65_HS1-834228961_62-HQ-83894_Section_6
Agency: FBI
Page 146
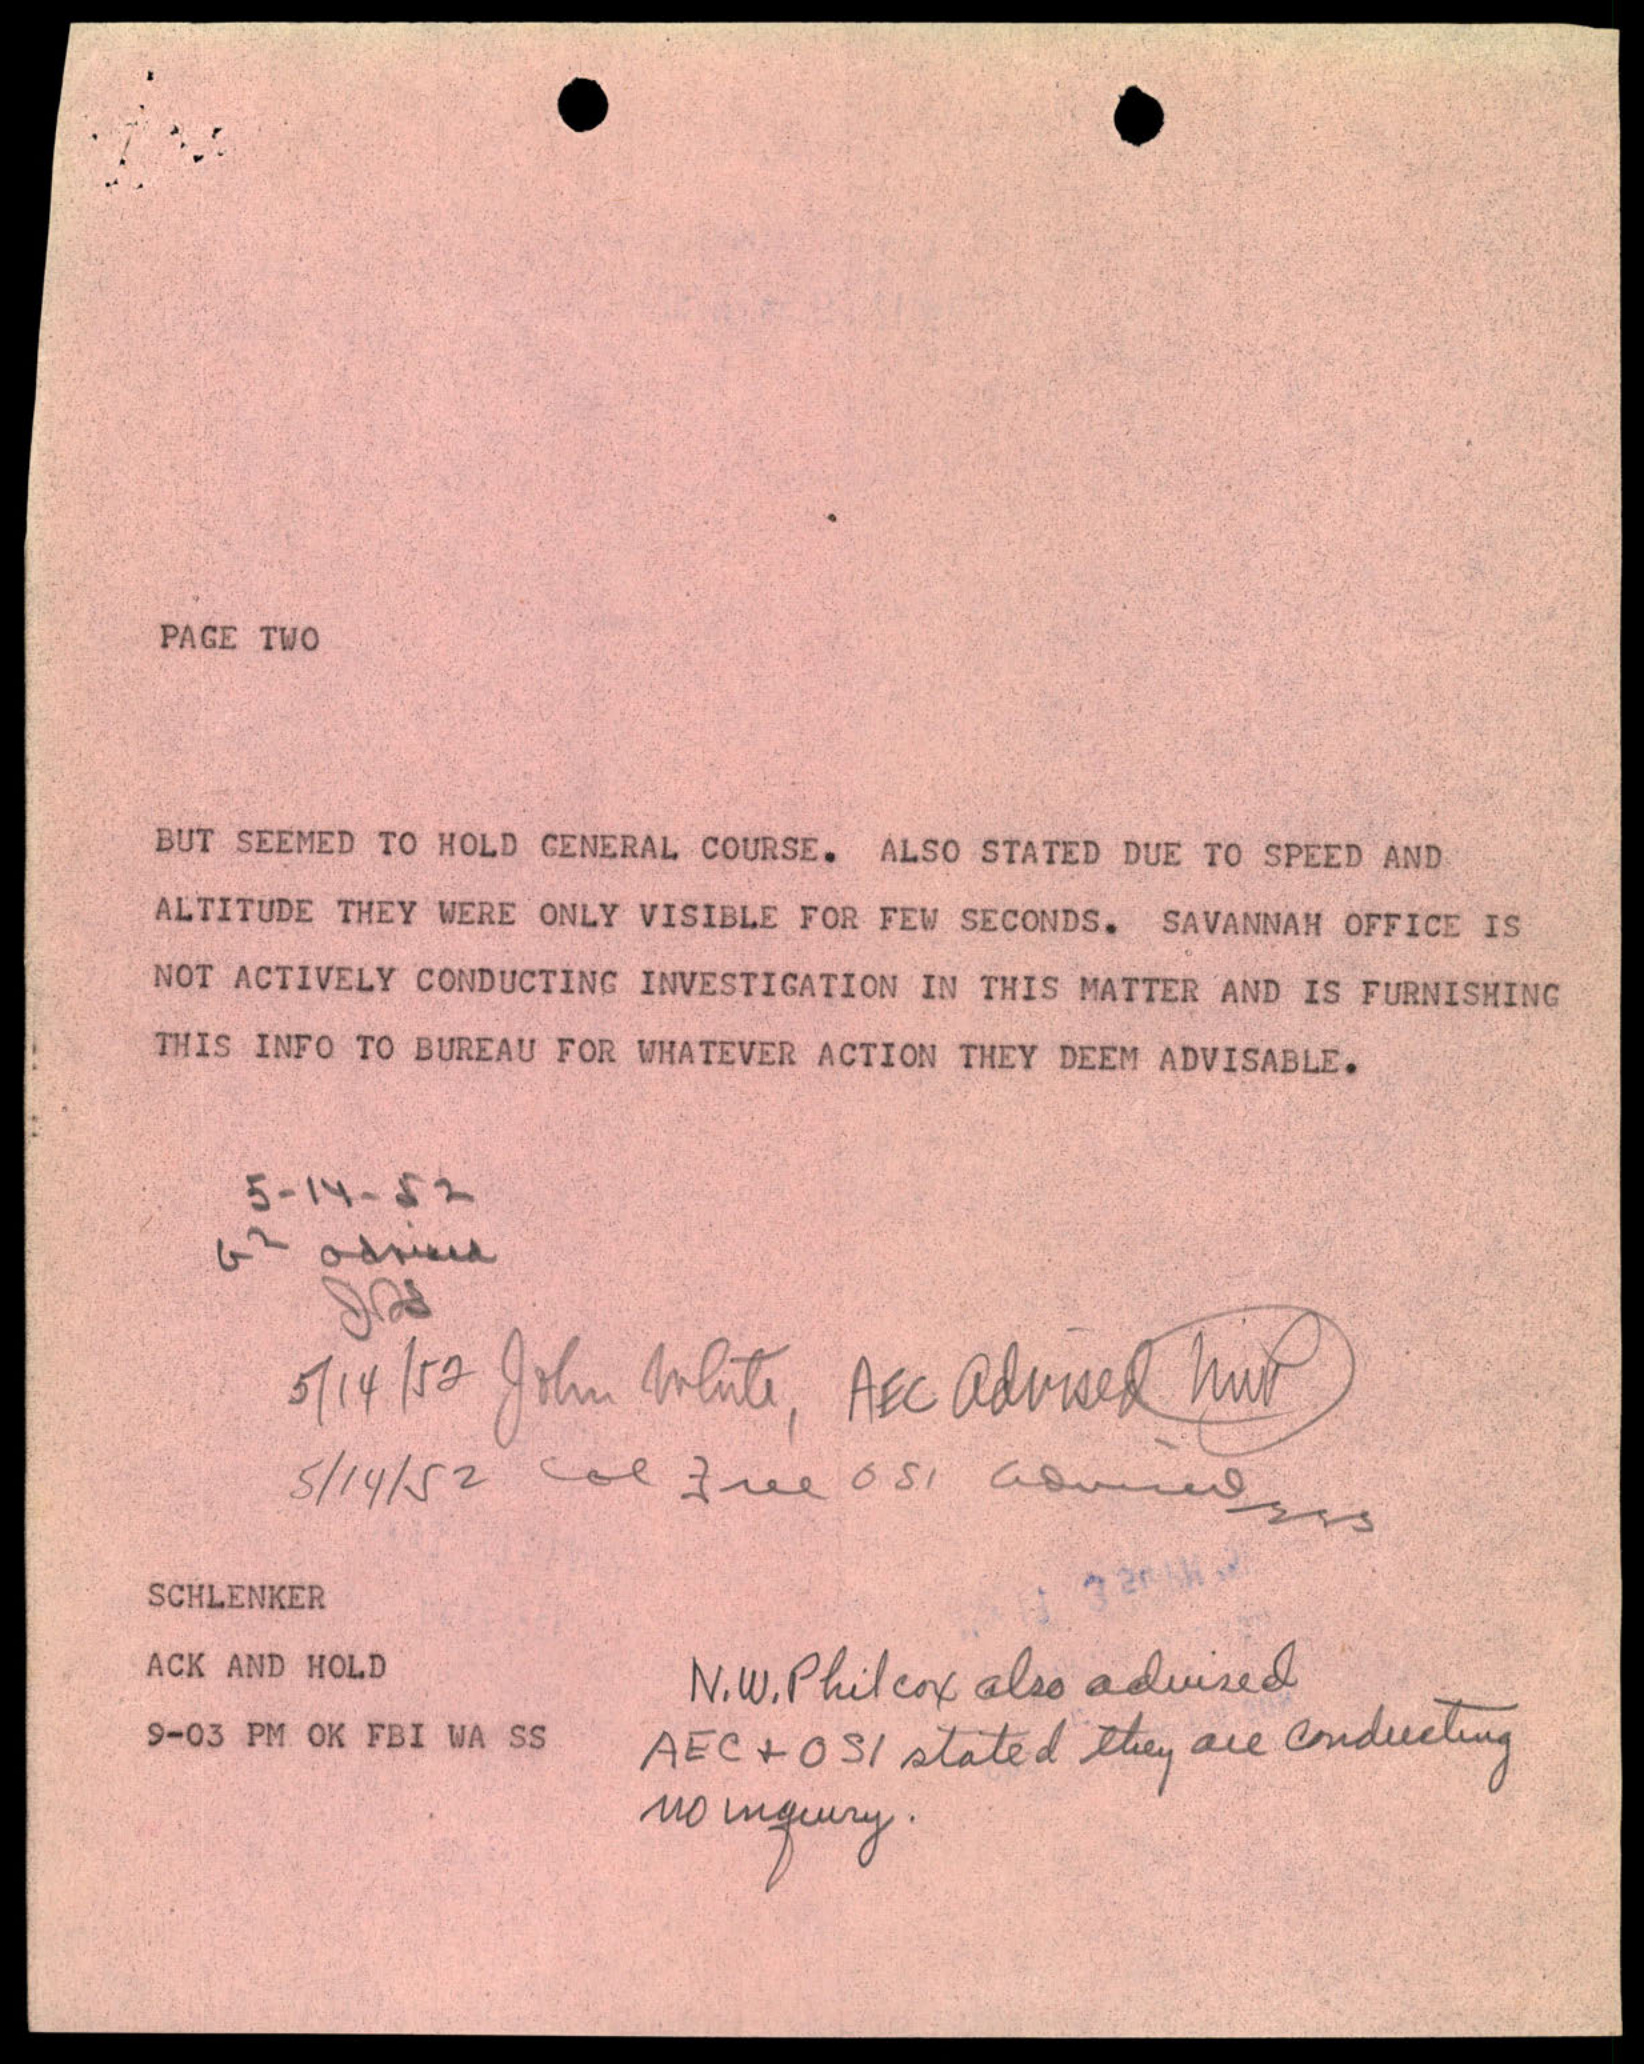